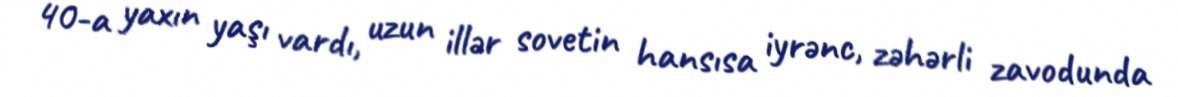
40-a yaxın yaşı vardı, uzun illər sovetin hansısa iyrənc, zəhərli zavodunda